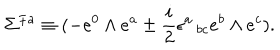
LaTeX: \Sigma ^ { { \mp } a } \equiv ( - e ^ { 0 } \wedge e ^ { a } \pm { \frac { i } { 2 } } \epsilon ^ { a } \, _ { b c } e ^ { b } \wedge e ^ { c } ) .